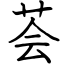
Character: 荟